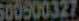
500500327